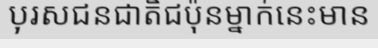
បុរសជនជាតិជប៉ុនម្នាក់នេះមាន